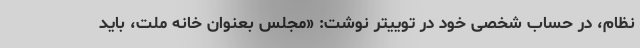
نظام، در حساب شخصی خود در توییتر نوشت: «مجلس بعنوان خانه ملت، باید